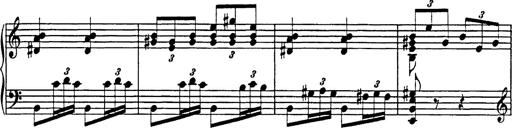
Title: Galop in A minor
Composer: Franz Liszt
Key: A minor